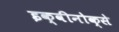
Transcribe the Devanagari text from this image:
इक्वीनोक्से